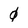
Character: 0